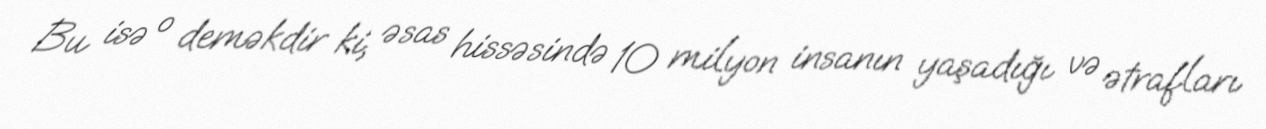
Bu isə o deməkdir ki, əsas hissəsində 10 milyon insanın yaşadığı və ətrafları